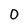
Character: 0